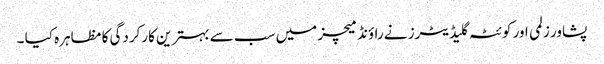
پشاور زلمی اور کوئٹہ گلیڈیٹرز نے راؤنڈ میچز میں سب سے بہترین کارکردگی کا مظاہرہ کیا ۔